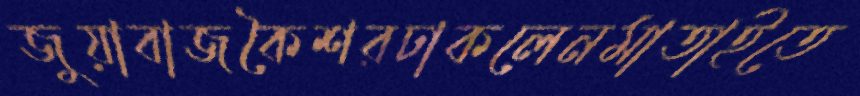
জুয়াবাজকৈশরঢাকলেনমাতাইতে